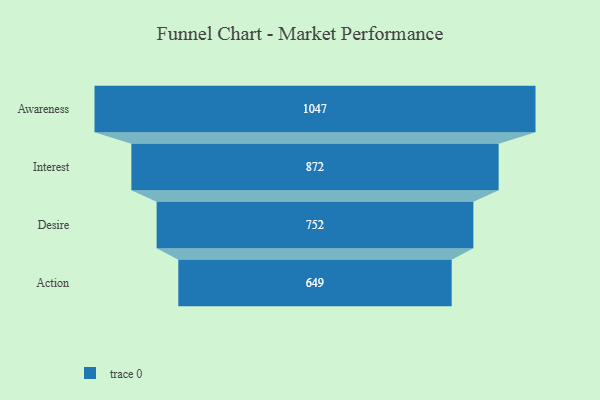
{"axis": {"x": "Stage", "y": "Value"}, "legend": [""], "data": [{"x": "Awareness", "y": 1047.0, "type": ""}, {"x": "Interest", "y": 872.0, "type": ""}, {"x": "Desire", "y": 752.0, "type": ""}, {"x": "Action", "y": 649.0, "type": ""}]}